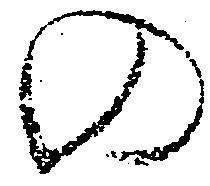
の